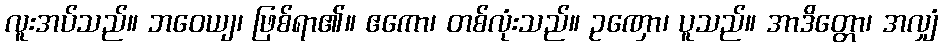
လူးအပ်သည်။ ဘဝေယျ၊ ဖြစ်ရာ၏။ ဧကော၊ တစ်လုံးသည်။ ဥဏှော၊ ပူသည်။ အာဒိတ္တော၊ အလျှံ